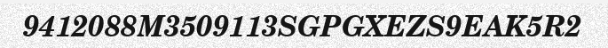
9412088M3509113SGPGXEZS9EAK5R2